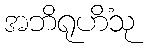
အဘိရုဟိံသု